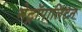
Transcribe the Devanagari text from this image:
मेट्रॉपालिटन